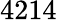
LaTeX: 4214